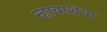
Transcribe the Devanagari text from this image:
न्हावाशेवा